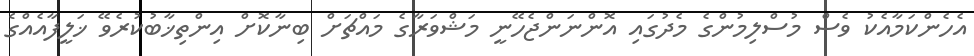
އެހެންކަމާއެކު ވެސް މުސްލިމުންގެ މެދުގައި އޮންނަންޖެހޭނީ މަޝްވަރާގެ މައްޗަށް ބިނާކޮށް އިންތިޚާބުކުރެވޭ ޚަލީފާއެއްގެ